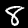
Digit: 8